画像に写った文字を読んでください
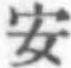
「安」と書いてあります